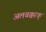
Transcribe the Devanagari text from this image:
अलबक्करक्